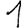
Digit: 1